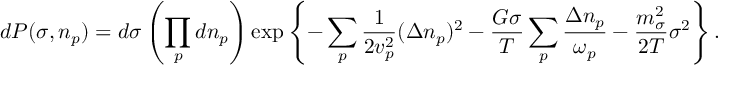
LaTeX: d P ( \sigma , n _ { p } ) = d \sigma \left( \prod _ { p } d n _ { p } \right) \exp \left\{ - \sum _ { p } { \frac { 1 } { 2 { v } _ { p } ^ { 2 } } } ( \Delta n _ { p } ) ^ { 2 } - { \frac { G \sigma } { T } } \sum _ { p } { \frac { \Delta n _ { p } } { \omega _ { p } } } - { \frac { m _ { \sigma } ^ { 2 } } { 2 T } } \sigma ^ { 2 } \right\} .